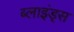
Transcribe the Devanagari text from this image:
ब्लाइंड्स